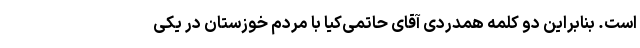
است. بنابراین دو کلمه همدردی آقای حاتمی‌کیا با مردم خوزستان در یکی